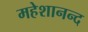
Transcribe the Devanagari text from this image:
महेशानन्द